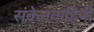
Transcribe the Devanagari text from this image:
संकेतवाहिनी